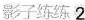
影子练练2